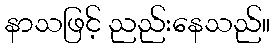
နာသဖြင့် ညည်းနေသည်။